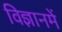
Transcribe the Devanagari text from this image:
विज्ञानमें